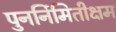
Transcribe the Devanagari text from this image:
पुनर्निमितीक्षम